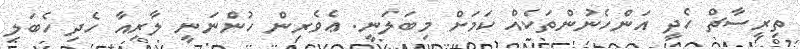
ތިރީސާޗް ހެދީ އަންހެނުންތަކެއް ކަމަށް މިބަލަނީ. ޢެވެރިން ހުންނަނީ ލާރިއާ ހެދި ހެބަލި